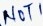
Text: NOT1